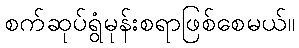
စက်ဆုပ်ရွံမုန်းစရာဖြစ်စေမယ်။